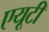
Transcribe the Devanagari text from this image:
एयूटी